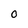
Character: O